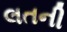
લતની